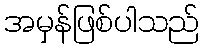
အမှန်ဖြစ်ပါသည်